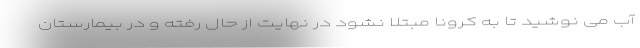
آب می نوشید تا به کرونا مبتلا نشود در نهایت از حال رفته و در بیمارستان